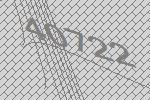
40722